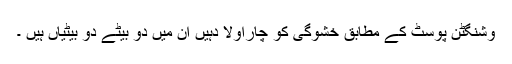
وشنگٹن پوسٹ کے مطابق خشوگی کو چاراولا دہیں ان میں دو بیٹے دو بیٹیاں ہیں ۔